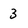
Character: 3